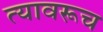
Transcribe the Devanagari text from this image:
त्यावरूच